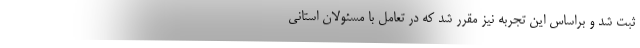
ثبت شد و براساس این تجربه نیز مقرر شد که در تعامل با مسئولان استانی